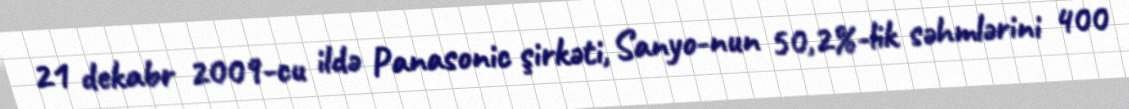
21 dekabr 2009-cu ildə Panasonic şirkəti, Sanyo-nun 50,2%-lik səhmlərini 400